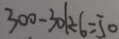
3 0 0 - 3 0 1 \div 6 = 5 0